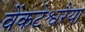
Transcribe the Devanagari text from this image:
वेंकटेश्वरैया